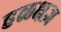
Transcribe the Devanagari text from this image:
हळक्षज्ञ